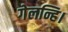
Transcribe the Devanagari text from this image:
गेलन्हि।